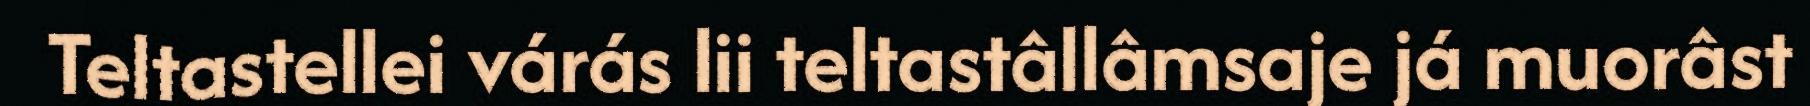
Teltastellei várás lii teltastâllâmsaje já muorâst